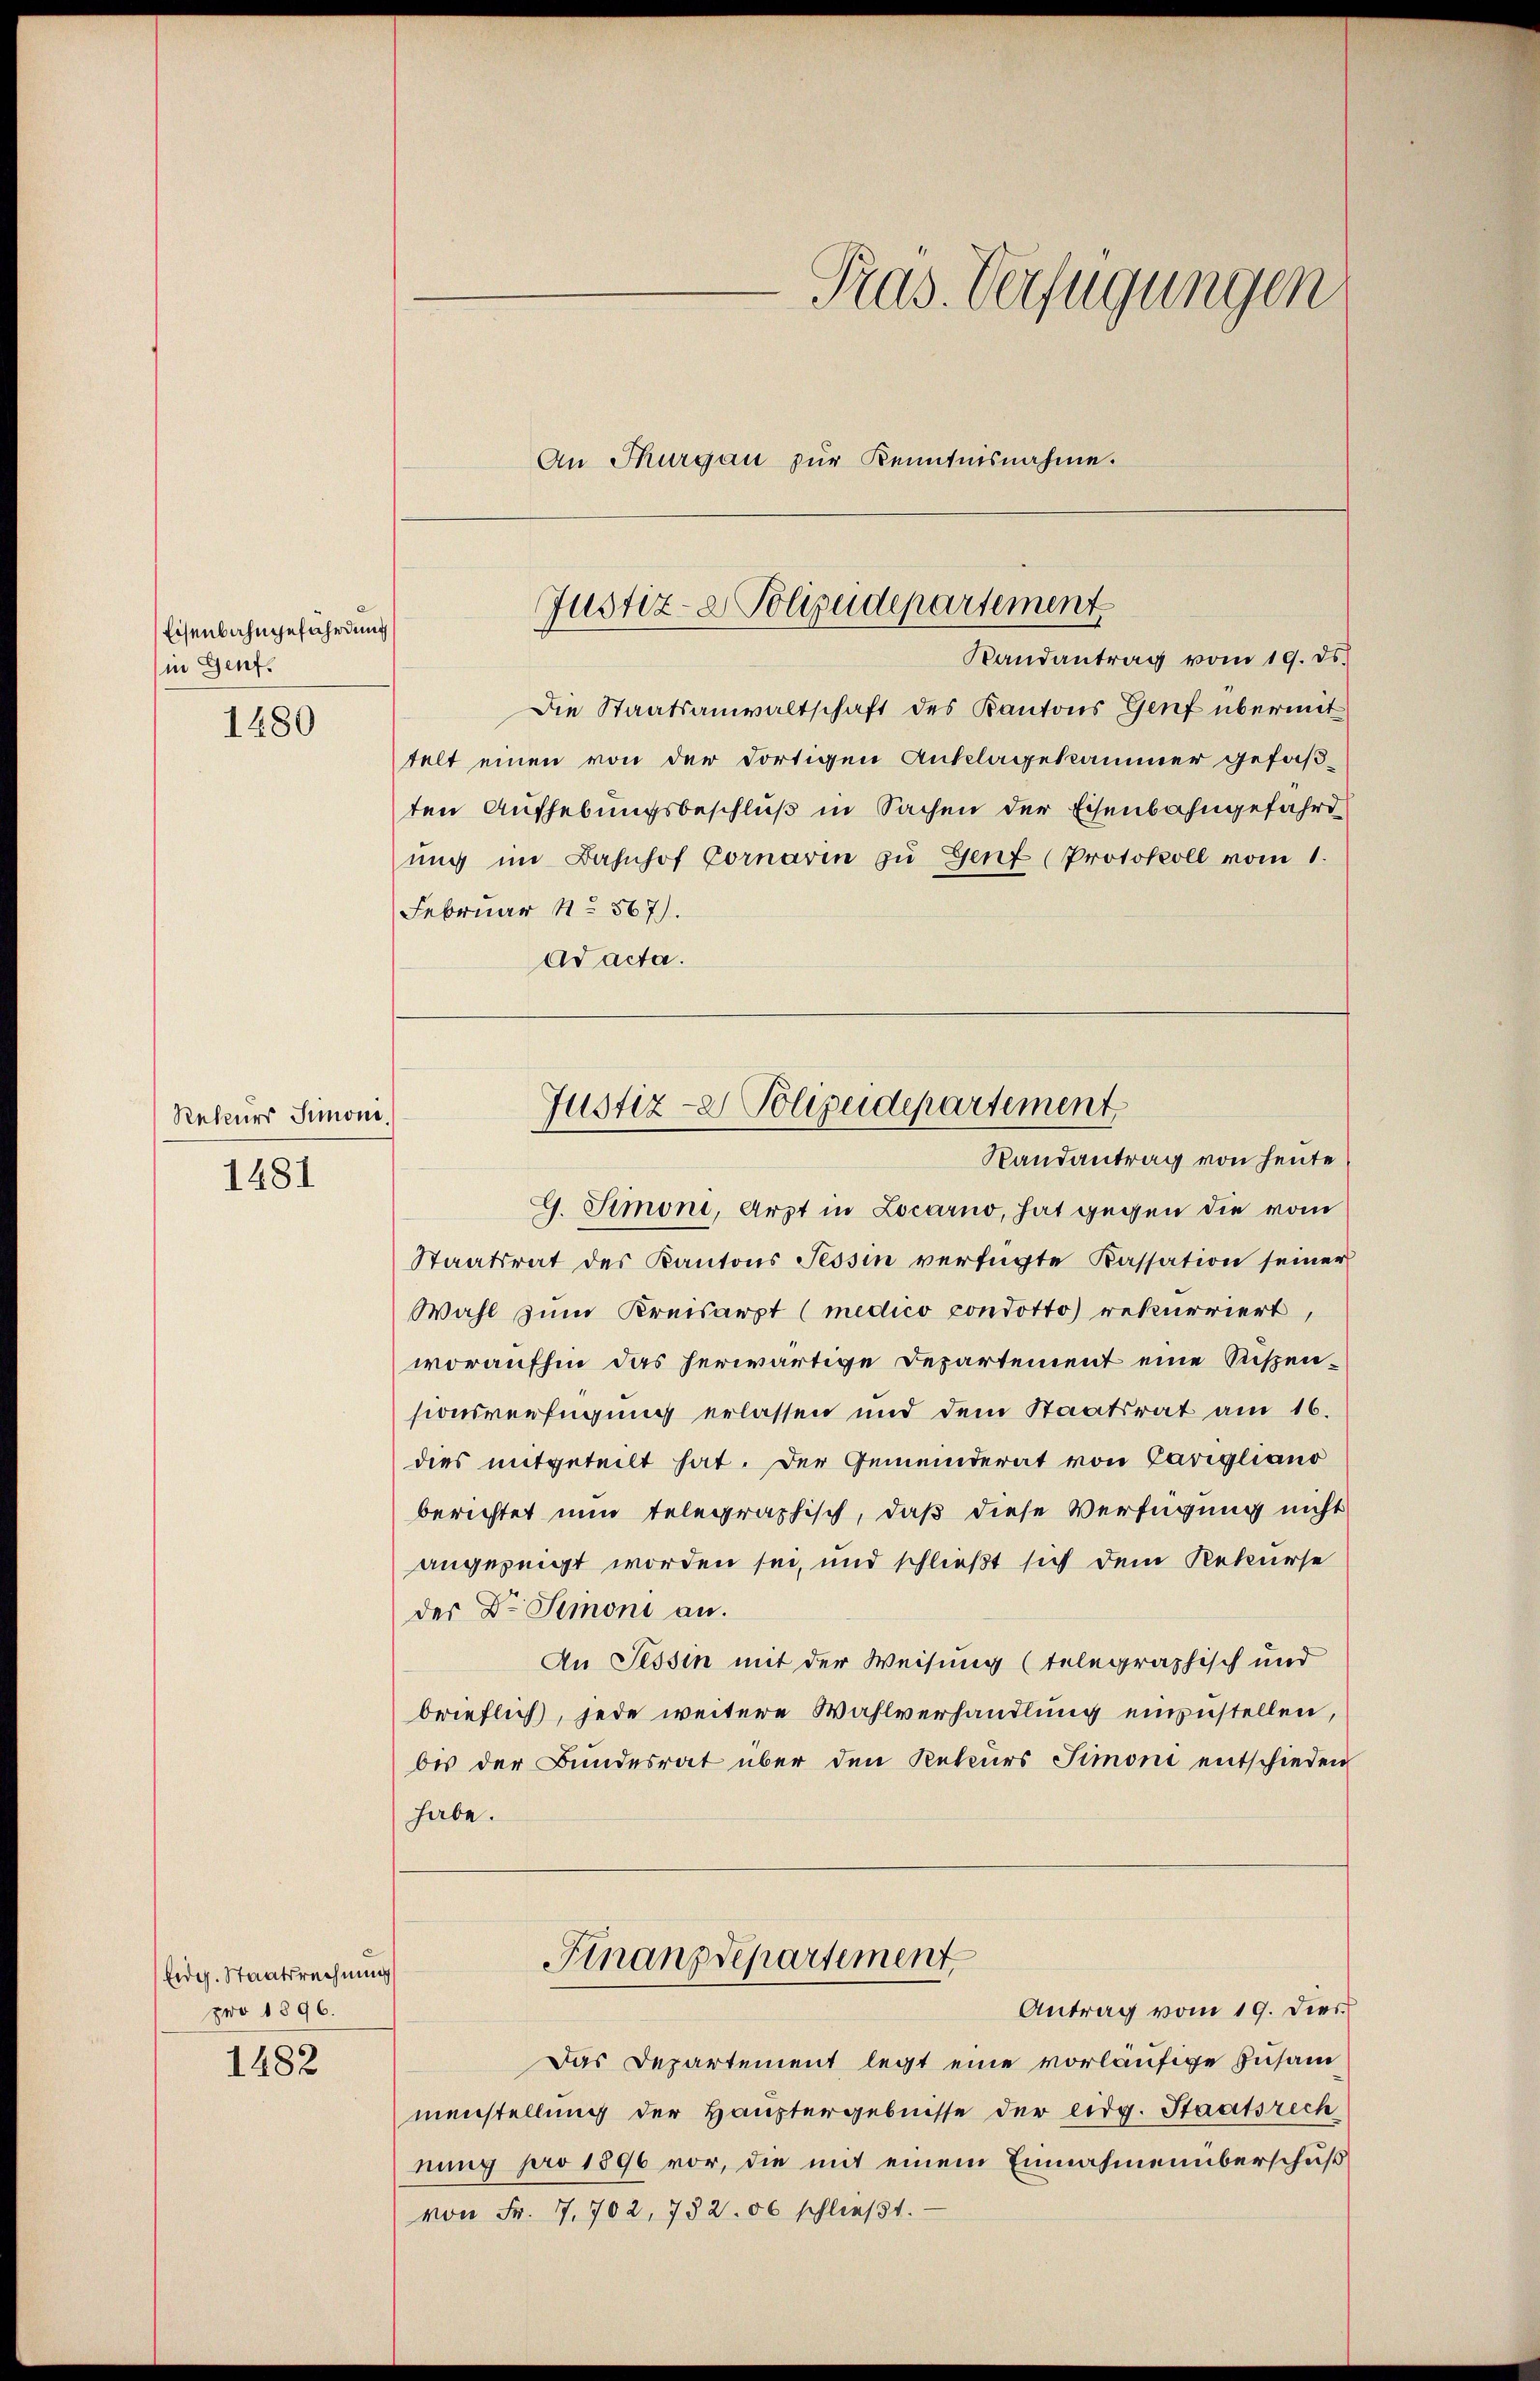
Eisenbahngefährdung
in Genf.
1480

Rekurs Simoni.
1481

Eidg. Staatsrechnung
zwo 1896.

1482

Die Staatsanwaltschaft des Kantons Genf übermit
telt einen von der dortigen Anklagekammer gefaß-
ten Aufhebungsbeschluß in Sachen der Eisenbahngefährd
nng im Bahnhof Cornarin zŭ Genf (Protokoll vom 1.
Februar No 567).
ad acta.

Pras. Verfügungen
An Thurgau zur Kenntnisnahme.

Justiz- & Polizeidepartement
Randantrag vom 19. ds.

Justiz- & Polizeidepartement
Randantrag von heute

G. Simoni, Arzt in Locarno, hat gegen die vom
Staatsrat des Kantons Tessin verfügte Kassation seiner
Wahl zum Kreisart (medico condotto) rekurriert,
woraufhin das herwärtige Departement eine Riesen.
sionsverfügung erlassen und dem Staatsrat am 16.
dies mitgeteilt hat. Der Gemeinderat von Carigliano
berichtet nun telegraphisch, daß diese Verfügung nicht
angezeigt worden sei, und schließt sich dem Rekurse
der Dr. Simoni an.
An Tessin mit der Weisung (telegraphisch und
brieflich, jede weitere Wahlverhandlung einzustellen,
bes der Bundesrat über den Rekurs Simoni entschieden
habe.
Finanzdepartement.
Antrag vom 19. Dies
Das Departement legt eine vorläufige Zusammenstellung der Hauptergebnisse der eidg. Staatsrech
nung pro 1896 vor, die mit einem Einnahmenüberschuß
von Fr. 77, 702, 782. 06 schlieβt.